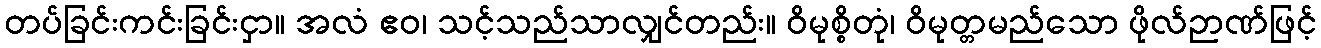
တပ်ခြင်းကင်းခြင်းငှာ။ အလံ ဧဝ၊ သင့်သည်သာလျှင်တည်း။ ဝိမုစ္စိတုံ၊ ဝိမုတ္တမည်သော ဖိုလ်ဉာဏ်ဖြင့်